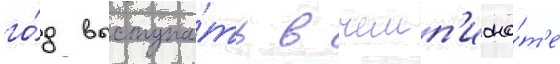
го́д выступа́ть в чемп'иона́т'е